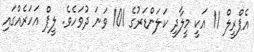
އެޕްރީލް 11 އަކީ މީލާދީ ކަލަންޑަރުގެ 101 ވަނަ ދުވަހެވެ. ލީޕް އަހަރެއްގައި